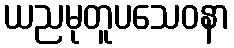
ယညမုတူပသေဝနာ